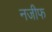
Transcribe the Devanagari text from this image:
नजीफ